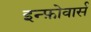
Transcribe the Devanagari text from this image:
इन्फ़ोवार्स